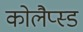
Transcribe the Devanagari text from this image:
कोलैप्स्ड